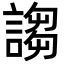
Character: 謅